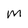
Character: M